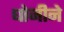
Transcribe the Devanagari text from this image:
धोनीने